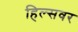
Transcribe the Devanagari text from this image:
हिल्सवर